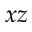
x z